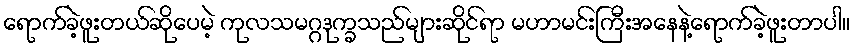
ရောက်ခဲ့ဖူးတယ်ဆိုပေမဲ့ ကုလသမဂ္ဂဒုက္ခသည်များဆိုင်ရာ မဟာမင်းကြီးအနေနဲ့ရောက်ခဲ့ဖူးတာပါ။